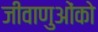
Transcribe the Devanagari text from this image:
जीवाणुओंको